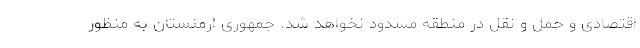
اقتصادی و حمل و نقل در منطقه مسدود نخواهد شد. جمهوری ارمنستان به منظور